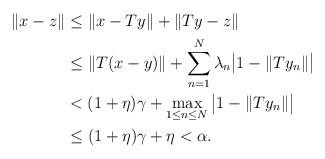
LaTeX: \begin{align*} \|x-z\| &\le \|x-Ty\|+ \|Ty - z\|\\ & \le \|T(x -y)\| + \sum_{n=1}^N\lambda_n\big|1 - \|Ty_n\|\big| \\ &< (1+ \eta)\gamma + \max_{1 \le n \le N}{\big|1 - \|Ty_n\|\big|}\\ & \le (1+ \eta)\gamma + \eta < \alpha. \end{align*}